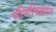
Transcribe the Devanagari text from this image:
मणिविज्ञान